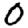
Digit: 0